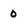
Character: 0